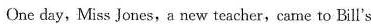
One day, Miss Jones, a new teacher,came to Bill's